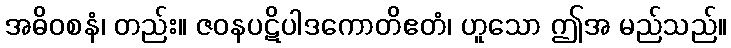
အဓိဝစနံ၊ တည်း။ ဇဝနပဋိပါဒကောတိဧတံ၊ ဟူသော ဤအ မည်သည်။